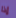
إذا